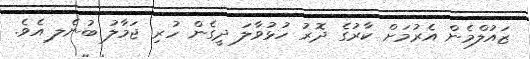
ޒައުލްމެން އެރުމަށް ކާރުގެ ދޮރު ހުޅުވާލަ ދީގެން ހުރި ޖަމާލު ބުނެލ ިއެވެ.